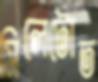
সিলেটোত